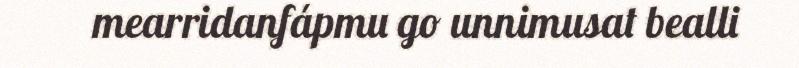
mearridanfápmu go unnimusat bealli